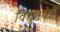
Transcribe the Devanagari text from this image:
विद्युतयंत्रों